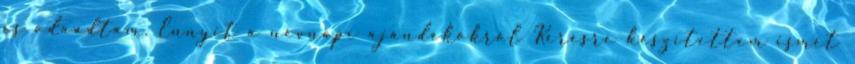
és odaadtam. Ennyit a névnapi ajándékokról Kérésre készítettem ismét